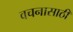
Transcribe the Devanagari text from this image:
वचनासाठी